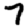
Digit: 7